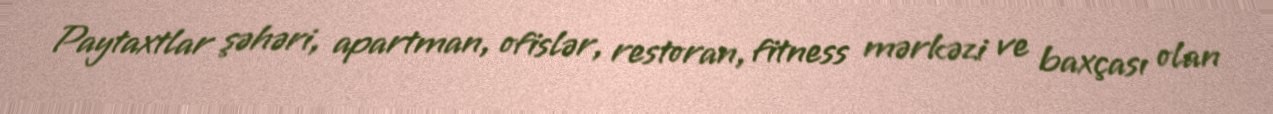
Paytaxtlar şəhəri, apartman, ofislər, restoran, fitness mərkəzi ve baxçası olan